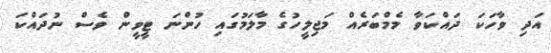
އަދި ވާހަކަ ދައްކަވާ މެމްބަރެއް މަޖިލީހުގެ މާލަމުގައި ހުންނަ ޓީވީން ވެސް ނުދައްކަ